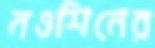
নওশিনের